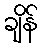
ချိန်